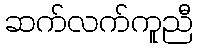
ဆက်လက်ကူညီ